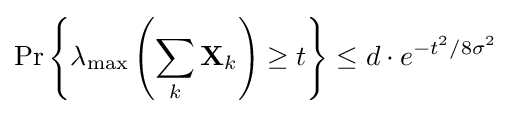
\Pr \left\{\lambda _{\text{max}}\left(\sum _{k}\mathbf {X} _{k}\right)\geq t\right\}\leq d\cdot e^{-t^{2}/8\sigma ^{2}}